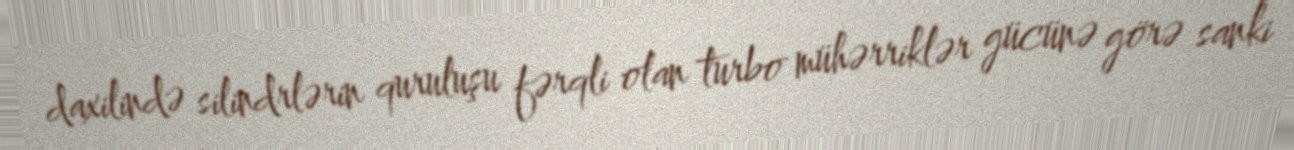
daxilində silindrlərin quruluşu fərqli olan turbo mühərriklər gücünə görə sanki